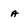
Character: a